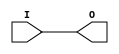
// $Header: /devl/xcs/repo/env/Databases/CAEInterfaces/verunilibs/data/fuji/BUFMR.v,v 1.1 2009/12/21 21:08:16 yanx Exp $
///////////////////////////////////////////////////////
//  Copyright (c) 2009 Xilinx Inc.
//  All Right Reserved.
///////////////////////////////////////////////////////
//
//   ____   ___
//  /   /\/   / 
// /___/  \  /     Vendor      : Xilinx 
// \  \    \/      Version : 10.1
//  \  \           Description : 
//  /  /                      
// /__/   /\       Filename    : BUFMR.v
// \  \  /  \ 
//  \__\/\__ \                    
//                                 
//  Revision:		1.0
///////////////////////////////////////////////////////

`timescale 1 ps / 1 ps 

module BUFMR (
  O,

  I
);


  output O;

  input I;


  buf B1 (O, I);

endmodule